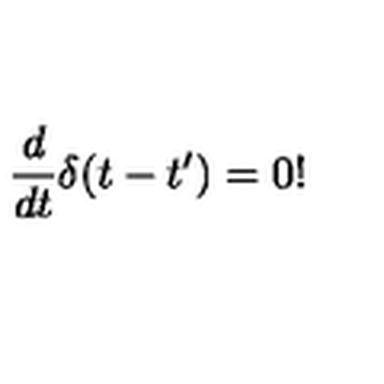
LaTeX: \frac { d } { d t } \delta ( t - t ^ { \prime } ) = 0 !